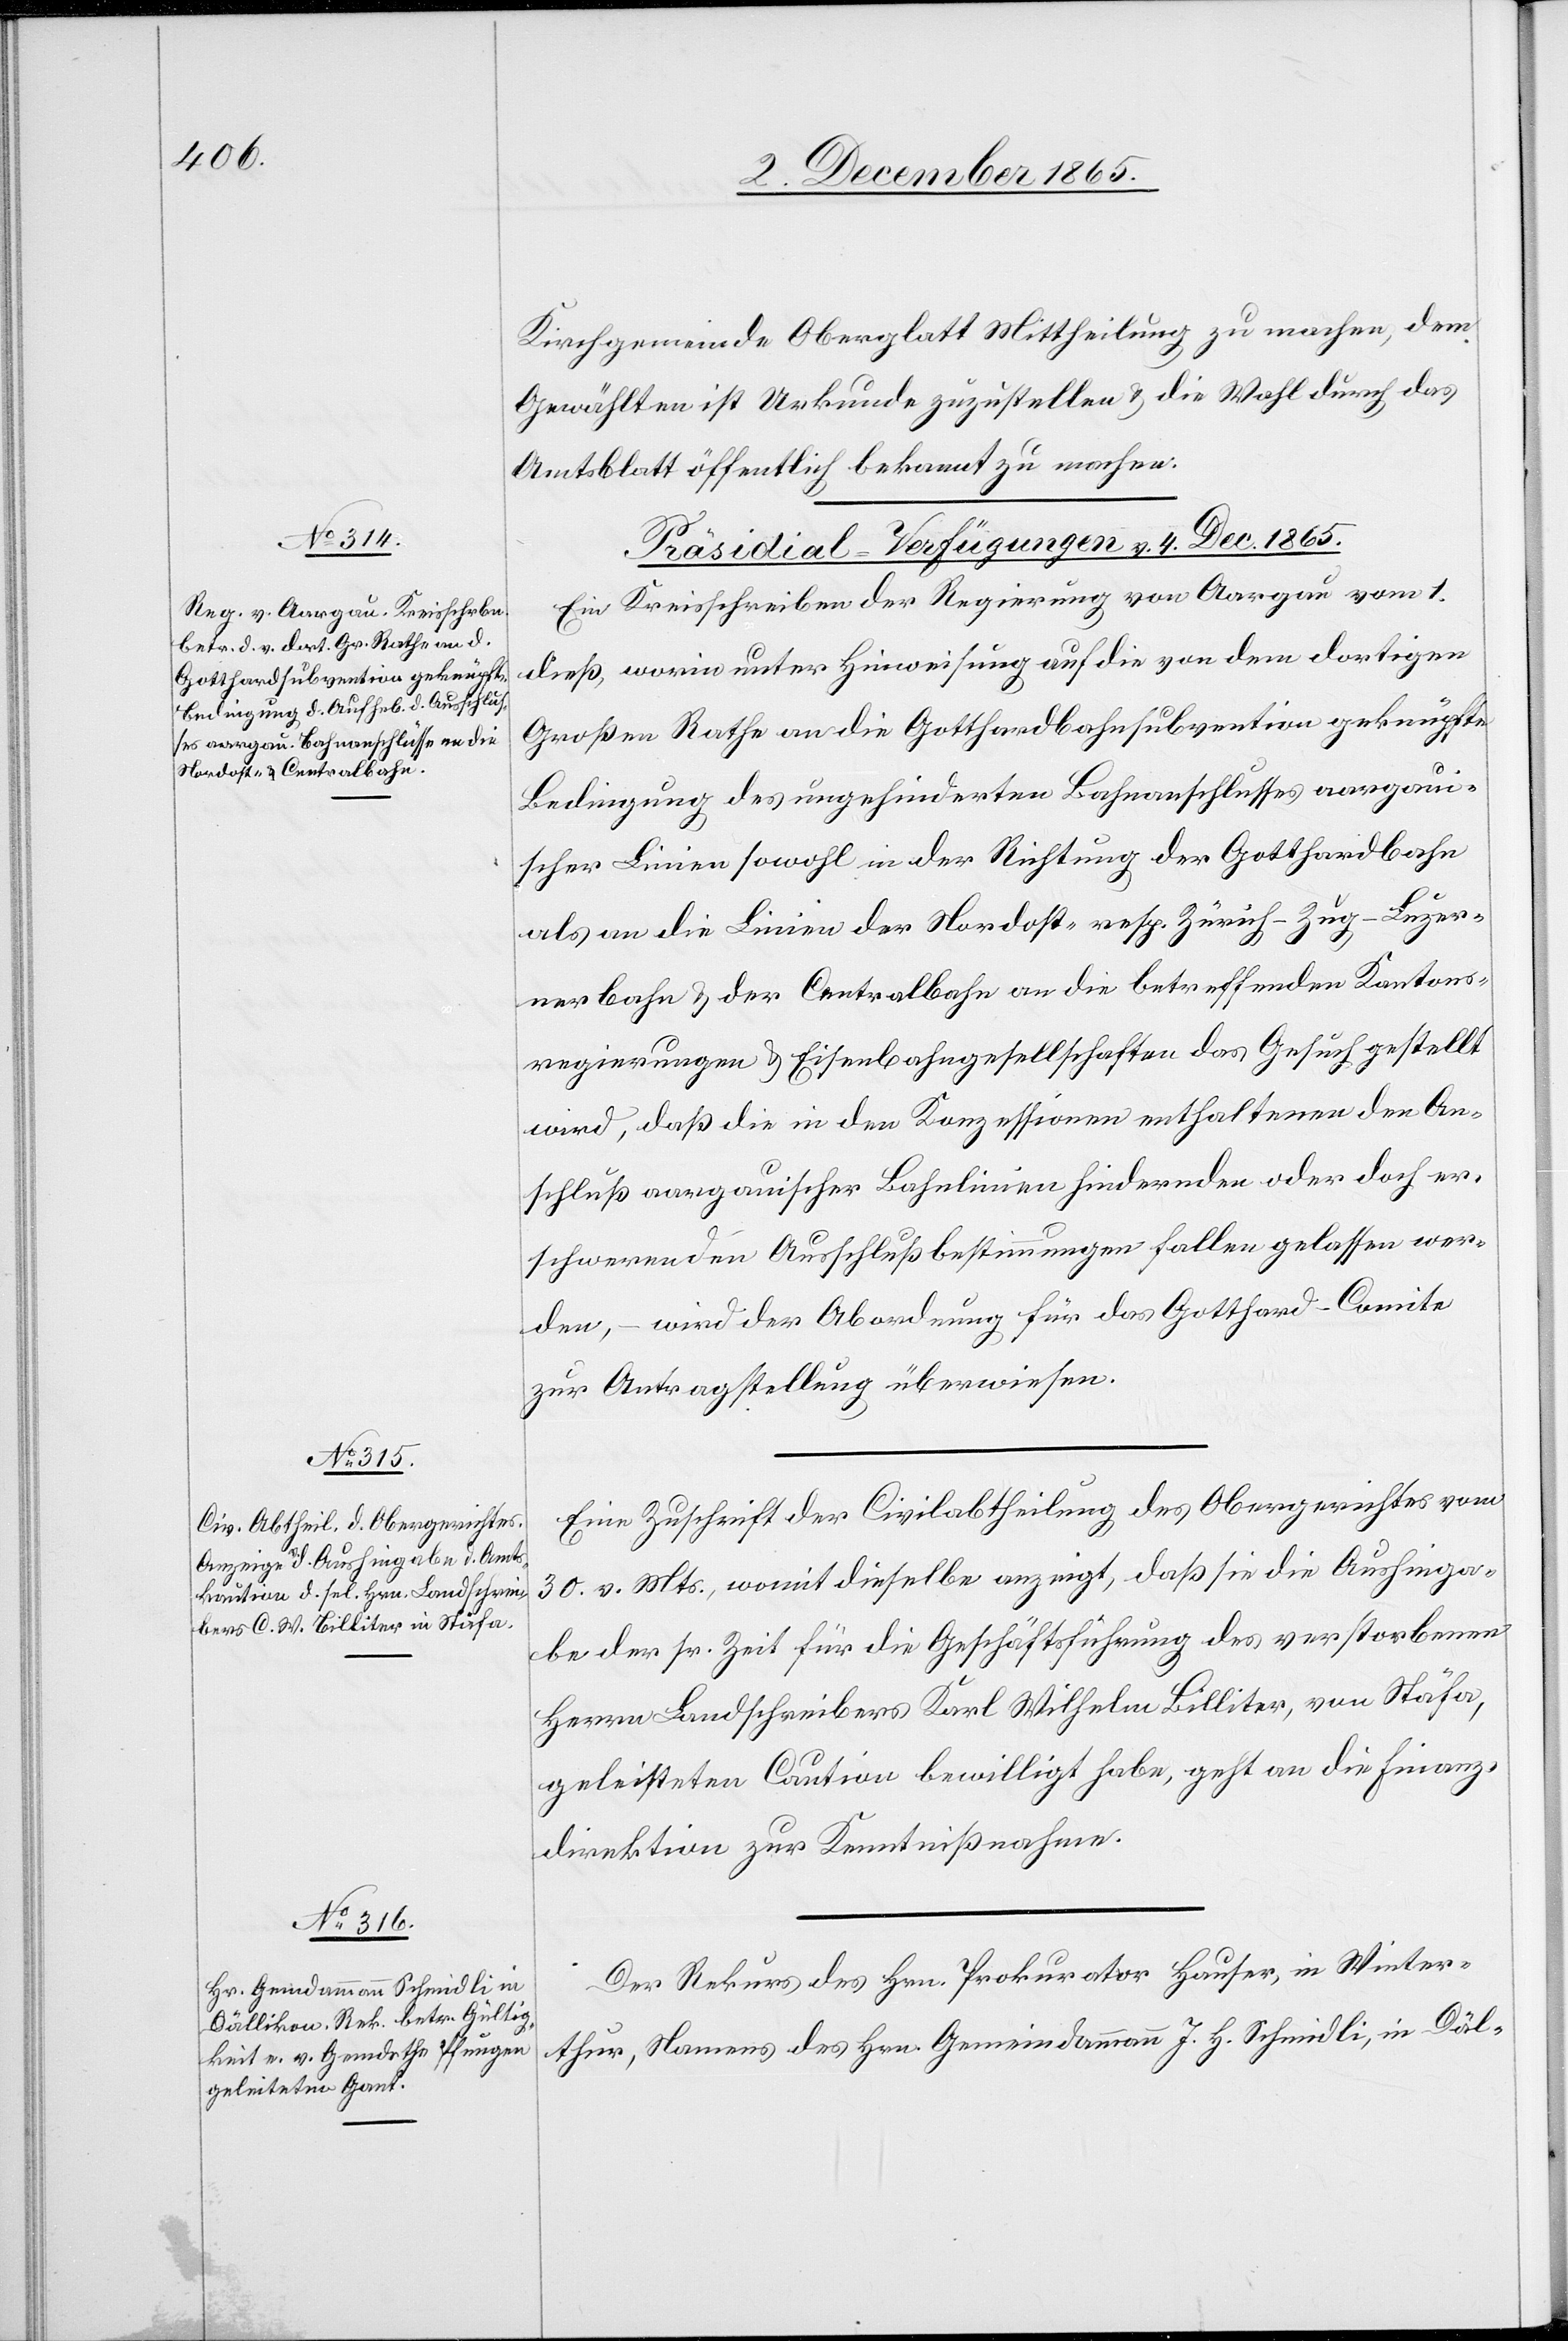
Kirchgemeinde Oberglatt Mittheilung zu machen, dem
Gewählten ist Urkunde zuzustellen & die Wahl durch das
Amtsblatt öffentlich bekannt zu machen.
[Präsidial-Verfügungen v. 4. Dec. 1865.]
Ein Kreisschreiben der Regierung von Aargau vom 1.
dieß, worin unter Hinweisung auf die von dem dortigen
Großen Rathe an die Gotthardbahnsubvention geknüpfte
Bedingung des ungehinderten Bahnanschlusses aargaui¬
scher Linien sowohl in der Richtung der Gotthardbahn
als an die Linien der Nordost- resp. Zürich–Zug–Luzer¬
nerbahn & der Centralbahn an die betreffenden Kantons¬
regierungen & Eisenbahngesellschaften das Gesuch gestellt
wird, daß die in den Konzessionen enthaltenen den An¬
schluß aargauischer Bahnlinien hindernden oder doch er¬
schwerenden Ausschlußbestimmungen fallen gelassen wer¬
den, – wird der Abordnung für das Gotthard-Comite
zur Antragstellung überwiesen.
Eine Zuschrift der Civilabtheilung des Obergerichtes vom
30. v. Mts., womit dieselbe anzeigt, daß sie die Aushinga¬
be der sr. Zeit für die Geschäftsführung des verstorbenen
Herrn Landschreibers Karl Wilhelm Billiter, von Stäfa,
geleisteten Caution bewilligt habe, geht an die Finanz¬
direktion zur Kenntnißnahme.
Der Rekurs des Hrn. Prokurator Hauser, in Winter¬
thur, Namens des Hrn. Gemeindammann J. H. Schmidli, in Däl-